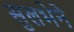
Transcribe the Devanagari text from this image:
सुलभेने